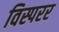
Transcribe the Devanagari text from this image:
विस्परर